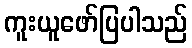
ကူးယူဖော်ပြပါသည်